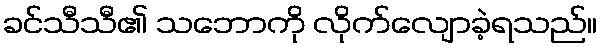
ခင်သီသီ၏ သဘောကို လိုက်လျောခဲ့ရသည်။